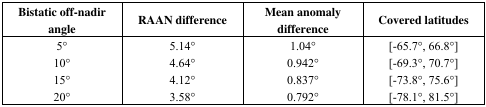
<table><thead><tr><td><b>Bistatic off-nadir angle</b></td><td><b>RAAN difference</b></td><td><b>Mean anomaly difference</b></td><td><b>Covered latitudes</b></td></tr></thead><tbody><tr><td>5°</td><td>5.14°</td><td>1.04°</td><td>[-65.7°, 66.8°]</td></tr><tr><td>10°</td><td>4.64°</td><td>0.942°</td><td>[-69.3°, 70.7°]</td></tr><tr><td>15°</td><td>4.12°</td><td>0.837°</td><td>[-73.8°, 75.6°]</td></tr><tr><td>20°</td><td>3.58°</td><td>0.792°</td><td>[-78.1°, 81.5°]</td></tr></tbody></table>